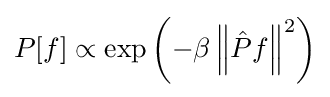
P[f]\propto \exp \left({-\beta \left\|{{\hat {P}}f}\right\|^{2}}\right)